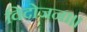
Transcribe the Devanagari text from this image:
विदोजना॥